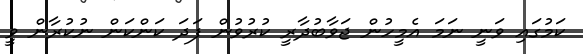
ކަމުގައި ވަނީ ނަމަ އެމީހުން ޖަވާބުދާރީ ކުރުވުން ފަދަ ކަންކަން ނުކުރާން ވީ